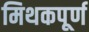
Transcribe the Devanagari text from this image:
मिथकपूर्ण